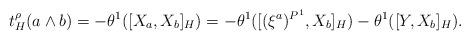
LaTeX: \begin{align*}t_{H}^{\rho} (a\wedge b) = -\theta^{1} ( [X_{a}, X_{b}]_{H}) = -\theta^{1} ( [ (\xi^{a})^{P^{1}}, X_{b}]_{H}) - \theta^{1} ( [ Y,X_{b}]_{H}).\end{align*}